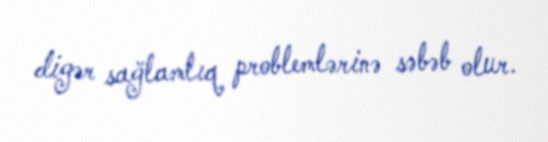
digər sağlamlıq problemlərinə səbəb olur.